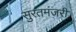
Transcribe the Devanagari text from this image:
सुरतमंजरी